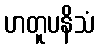
ဟတူပနိသံ